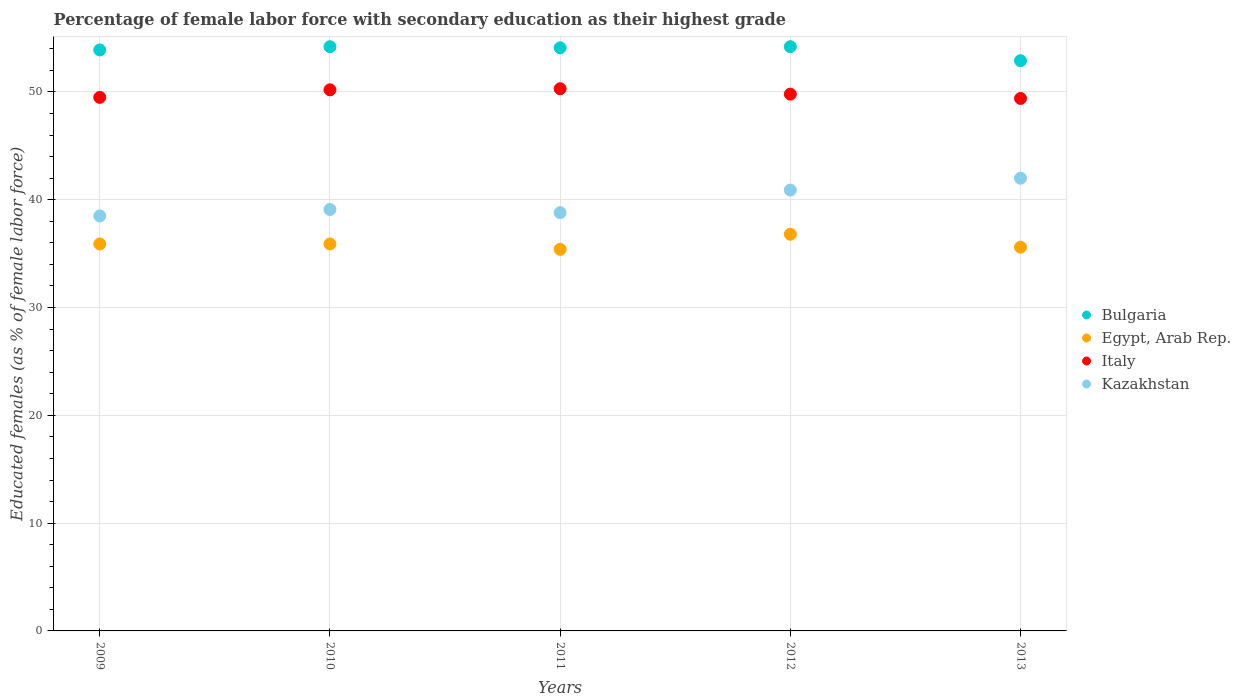
| Years | Bulgaria | Egypt, Arab Rep. | Italy | Kazakhstan |
 | --- | --- | --- | --- | --- |
 | 2009 | 53.9 | 35.9 | 49.5 | 38.5 |
 | 2010 | 54.2 | 35.9 | 50.2 | 39.1 |
 | 2011 | 54.1 | 35.4 | 50.3 | 38.8 |
 | 2012 | 54.2 | 36.8 | 49.8 | 40.9 |
 | 2013 | 52.9 | 35.6 | 49.4 | 42 |